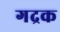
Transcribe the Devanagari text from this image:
गद्रक